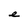
Character: e